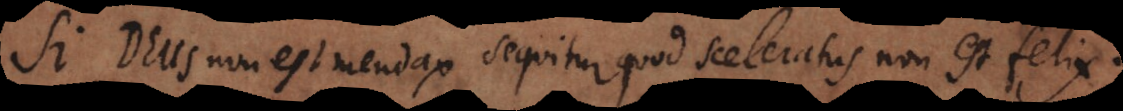
Si Deus non est mendax sequitur quod sceleratus non est felix.